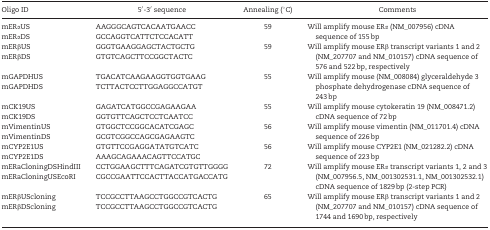
| Oligo ID | 5′-3′ sequence | Annealing (°C) | Comments |
 | --- | --- | --- | --- |
 | mERαUS | AAGGGCAGTCACAATGAACC | <ROWSPAN=2> 59 | <ROWSPAN=2> Will amplify mouse ERα (NM_007956) cDNA sequence of 155 bp |
 | mERαDS | GCCAGGTCATTCTCCACATT |
 | mERβUS | GGGTGAAGGAGCTACTGCTG | <ROWSPAN=2> 59 | <ROWSPAN=2> Will amplify mouse ERβ transcript variants 1 and 2 (NM_207707 and NM_010157) cDNA sequence of 576 and 522 bp, respectively |
 | mERβDS | GTGTCAGCTTCCGGCTACTC |
 | mGAPDHUS | TGACATCAAGAAGGTGGTGAAG | <ROWSPAN=2> 55 | <ROWSPAN=2> Will amplify mouse (NM_008084) glyceraldehyde 3 phosphate dehydrogenase cDNA sequence of 243 bp |
 | mGAPDHDS | TCTTACTCCTTGGAGGCCATGT |
 | mCK19US | GAGATCATGGCCGAGAAGAA | <ROWSPAN=2> 55 | <ROWSPAN=2> Will amplify mouse cytokeratin 19 (NM_008471.2) cDNA sequence of 72 bp |
 | mCK19DS | GGTGTTCAGCTCCTCAATCC |
 | mVimentinUS | GTGGCTCCGGCACATCGAGC | <ROWSPAN=2> 56 | <ROWSPAN=2> Will amplify mouse vimentin (NM_011701.4) cDNA sequence of 226 bp |
 | mVimentinDS | GCGTCGGCCAGCGAGAAGTC |
 | mCYP2E1US | GTGTTCCGAGGATATGTCATC | <ROWSPAN=2> 56 | <ROWSPAN=2> Will amplify mouse CYP2E1 (NM_021282.2) cDNA sequence of 223 bp |
 | mCYP2E1DS | AAAGCAGAAACAGTTCCATGC |
 | mERaCloningDSHindIII | CCTGGAAGCTTTCAGATCGTGTTGGGG | <ROWSPAN=2> 72 | <ROWSPAN=2> Will amplify mouse ERα transcript variants 1, 2 and 3 (NM_007956.5, NM_001302531.1, NM_001302532.1) cDNA sequence of 1829 bp (2-step PCR) |
 | mERaCloningUSEcoRI | CGCCGAATTCCACTTACCATGACCATG |
 | mERβUScloning | TCCGCCTTAAGCCTGGCCGTCACTG | <ROWSPAN=2> 65 | <ROWSPAN=2> Will amplify mouse ERβ transcript variants 1 and 2 (NM_207707 and NM_010157) cDNA sequence of 1744 and 1690 bp, respectively |
 | mERβDScloning | TCCGCCTTAAGCCTGGCCGTCACTG |